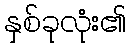
နှစ်ခုလုံး၏